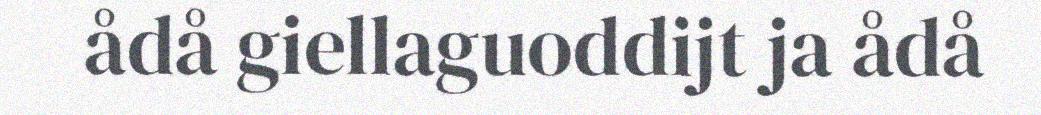
ådå giellaguoddijt ja ådå